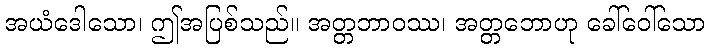
အယံဒေါသော၊ ဤအပြစ်သည်။ အတ္တဘာဝဿ၊ အတ္တဘောဟု ခေါ်ဝေါ်သော